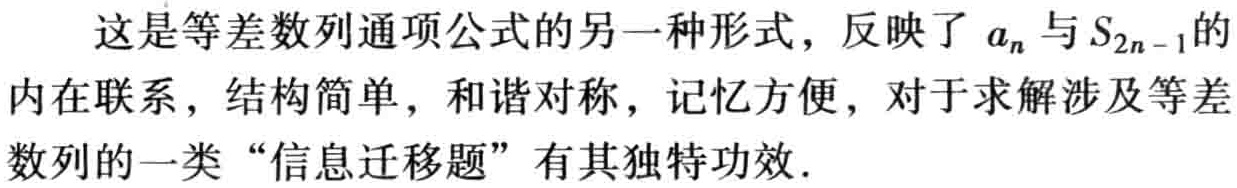
这是等差数列通项公式的另一种形式，反映了 \(a_{n}\) 与 \(S_{2n - 1}\) 的内在联系，结构简单，和谐对称，记忆方便，对于求解涉及等差数列的一类 “信息迁移题” 有其独特功效.